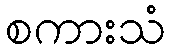
စကားသံ